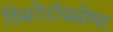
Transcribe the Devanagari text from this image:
डिसटेरॉयसोमर